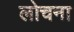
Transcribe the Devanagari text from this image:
लोचना